Lunatic asylums Bombay report 1891-1903 - 1891-1903
Year: 1891
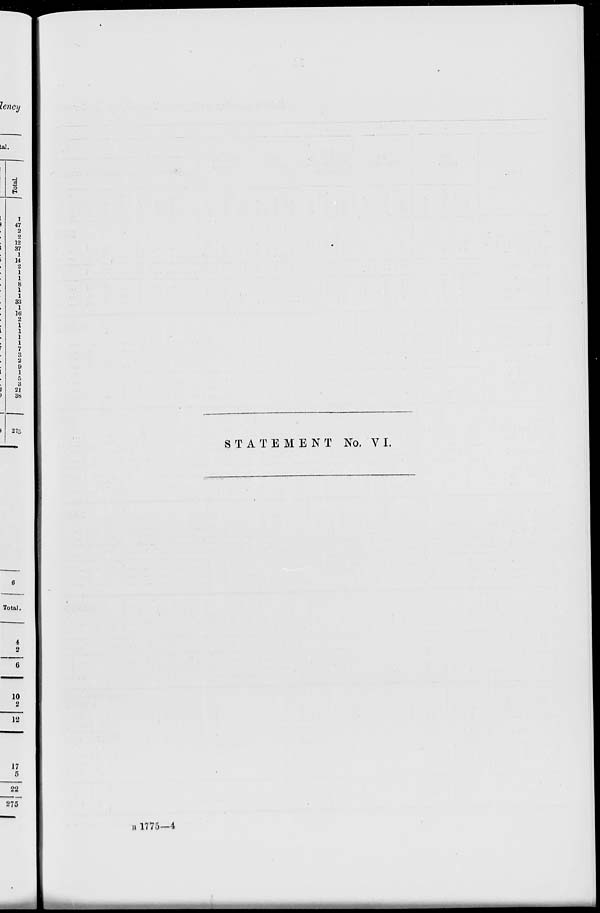
STATEMENT No. VI.
B 1775 –– 4